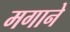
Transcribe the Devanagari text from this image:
मगाने